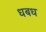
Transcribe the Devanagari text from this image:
धबध